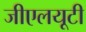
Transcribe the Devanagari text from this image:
जीएलयूटी